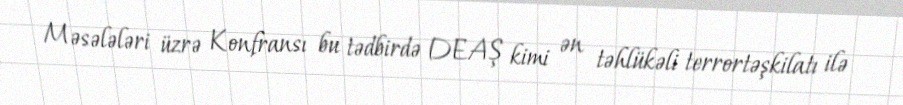
Məsələləri üzrə Konfransı bu tədbirdə DEAŞ kimi ən təhlükəli terrortəşkilatı ilə